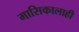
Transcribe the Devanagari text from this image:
मासिकालाही